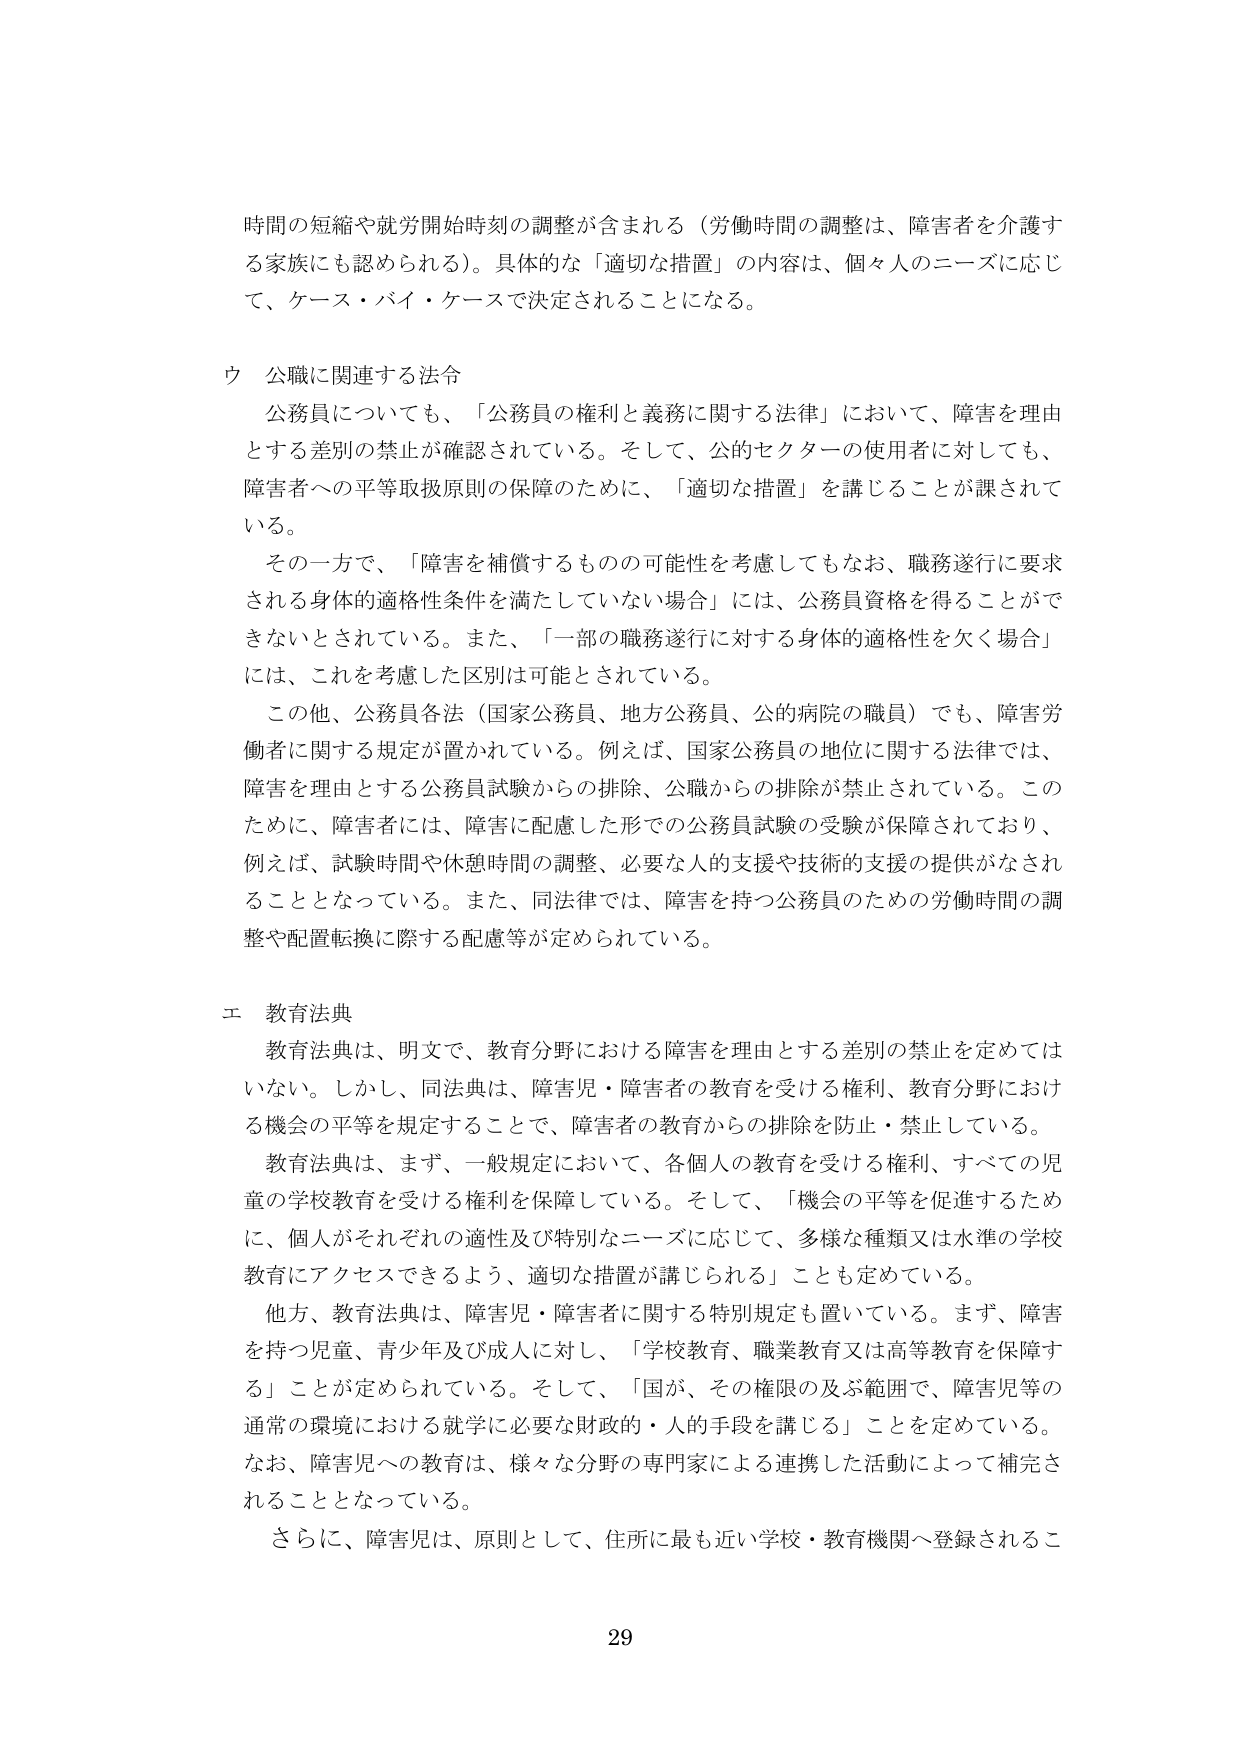
時間の短縮や就労開始時刻の調整が含まれる（労働時間の調整は、障害者を介護する家族にも認められる）。具体的な「適切な措置」の内容は、個々人のニーズに応じて、ケース・バイ・ケースで決定されることになる。

ウ 公職に関連する法令
公務員についても、「公務員の権利と義務に関する法律」において、障害を理由とする差別の禁止が確認されている。そして、公的セクターの使用者に対しても、障害者への平等取扱原則の保障のために、「適切な措置」を講じることが課されている。
その一方で、「障害を補償するものの可能性を考慮してもなお、職務遂行に要求される身体的適格性条件を満たしていない場合」には、公務員資格を得ることができないとされている。また、「一部の職務遂行に対する身体的適格性を欠く場合」には、これを考慮した区別は可能とされている。
この他、公務員各法（国家公務員、地方公務員、公的病院の職員）でも、障害労働者に関する規定が置かれている。例えば、国家公務員の地位に関する法律では、障害を理由とする公務員試験からの排除、公職からの排除が禁止されている。このために、障害者には、障害に配慮した形での公務員試験の受験が保障されており、例えば、試験時間や休憩時間の調整、必要な人的支援や技術的支援の提供がなされることとなっている。また、同法律では、障害を持つ公務員のための労働時間の調整や配置転換に際する配慮等が定められている。

エ 教育法典
教育法典は、明文で、教育分野における障害を理由とする差別の禁止を定めてはいない。しかし、同法典は、障害児・障害者の教育を受ける権利、教育分野における機会の平等を規定することで、障害者の教育からの排除を防止・禁止している。
教育法典は、まず、一般規定において、各個人の教育を受ける権利、すべての児童の学校教育を受ける権利を保障している。そして、「機会の平等を促進するために、個人がそれぞれの適性及び特別なニーズに応じて、多様な種類又は水準の学校教育にアクセスできるよう、適切な措置が講じられる」ことも定めている。
他方、教育法典は、障害児・障害者に関する特別規定も置いている。まず、障害を持つ児童、青少年及び成人に対し、「学校教育、職業教育又は高等教育を保障する」ことが定められている。そして、「国が、その権限及び範囲で、障害児等の通常の環境における就学に必要な財政的・人的手段を講じる」ことを定めている。なお、障害児への教育は、様々な分野の専門家による連携した活動によって補完されることとなっている。
さらに、障害児は、原則として、住所に最も近い学校・教育機関へ登録されるこ

29